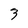
Character: 3